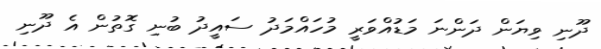
ދޫނި ވިޔަން ދަންނަ މަޑުއްވަރީ މުހައްމަދު ސައީދު ބުނި ގޮތުން އެ ދޫނި